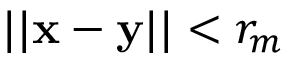
| | \mathbf x - \mathbf y | | < r _ { m }